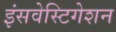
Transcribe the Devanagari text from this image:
इंसवेस्टिगेशन